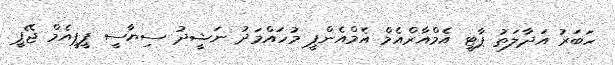
ހަބަރު އަދާލަތު ޕާޓީ އެމްއާރްއެމް އެމްއެންޕީ މުހައްމަދު ނަޝީދު ސިޔާސީ ޕީޕީއެމް ޖޭޕީ